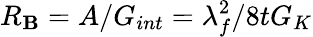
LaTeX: R_{\mathbf{B}}=A/G_{int}=\lambda_{f}^{2}/8tG_{K}